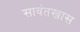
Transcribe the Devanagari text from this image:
सावंतखास